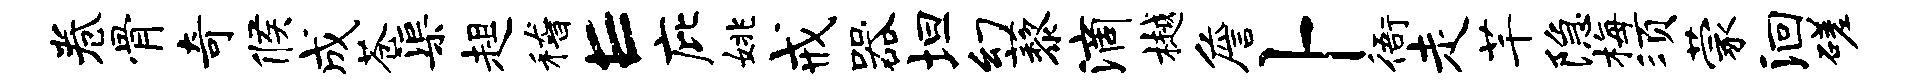
卷骨奇候成苍渠趄稽E庇姚戒器坦幻藜滴樾詹卜衙走芊隐梅须蒙洄磋